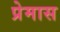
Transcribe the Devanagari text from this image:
प्रेमास